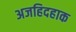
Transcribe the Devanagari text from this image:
अजहिदहाक